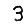
Digit: 3